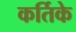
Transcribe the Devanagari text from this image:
कर्तिके